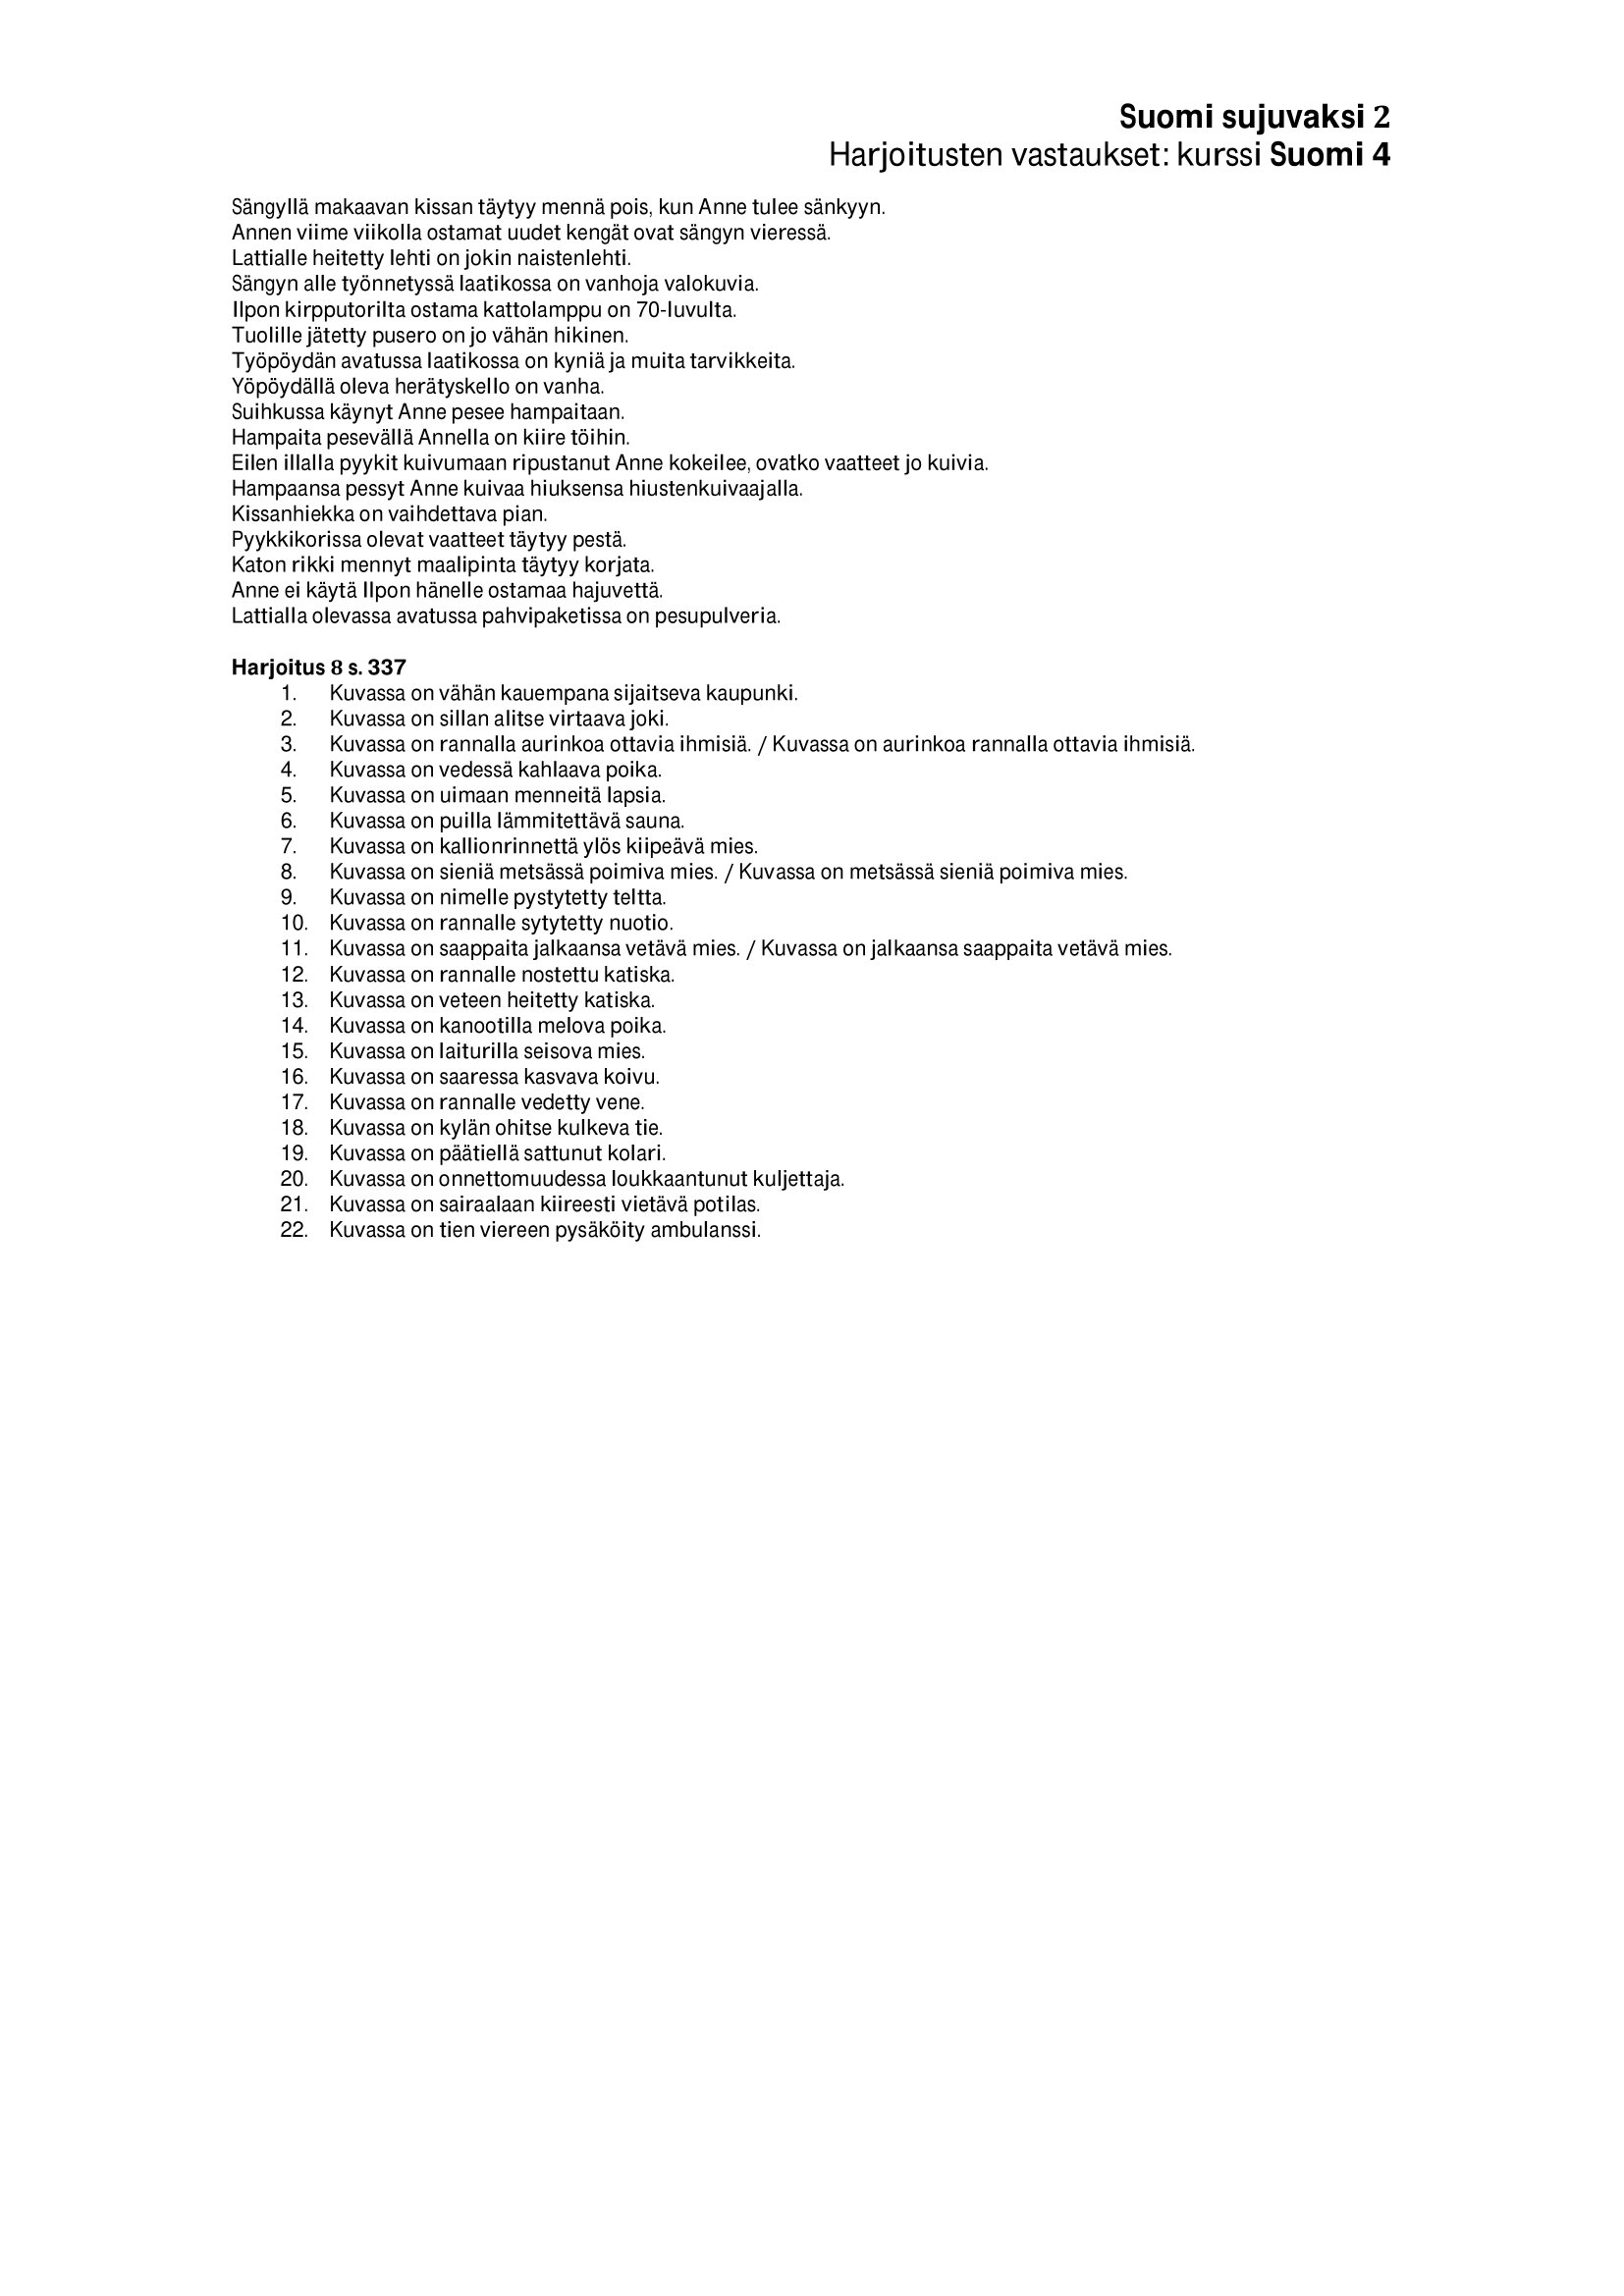
Language: fn